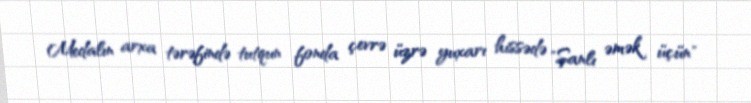
Medalın arxa tərəfində tutqun fonda çevrə üzrə yuxarı hissədə "Şanlı əmək üçün"